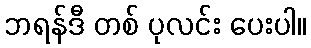
ဘရန်ဒီ တစ် ပုလင်း ပေးပါ။